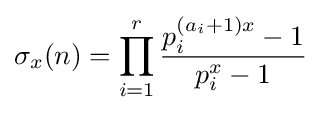
\sigma _{x}(n)=\prod _{i=1}^{r}{\frac {p_{i}^{(a_{i}+1)x}-1}{p_{i}^{x}-1}}